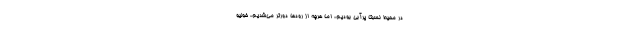
در محیط نسبتاً پرآبی بودیم، اما هرچه از رودها دورتر می‌شدیم، خولیو